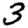
Digit: 3